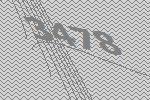
3478